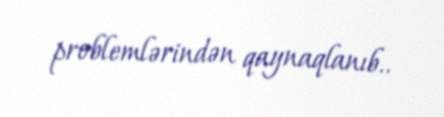
problemlərindən qaynaqlanıb..